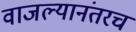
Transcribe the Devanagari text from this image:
वाजल्यानंतरच